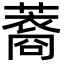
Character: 䕍